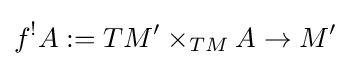
f^{!}A:=TM'\times _{TM}A\to M'